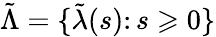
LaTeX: \tilde{\Lambda}=\{ \tilde{\lambda}(s)\colon s\geqslant 0\}